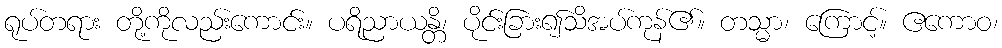
ရုပ်တရား တို့ကိုလည်းကောင်း။ ပရိညာယန္တိ၊ ပိုင်းခြား၍သိအပ်ကုန်၏။ တသ္မာ၊ ကြောင့်။ ဧကောဝ၊